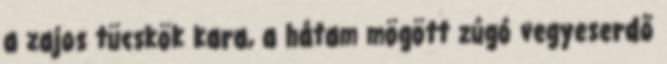
a zajos tücskök kara, a hátam mögött zúgó vegyeserdő